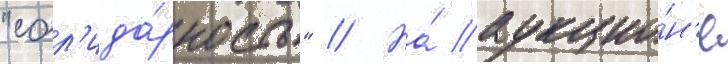
"сол'ида́рность" // На́ аукцио́н'е